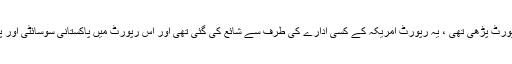
میں نے کچھ عرصہ پہلے انٹر نیٹ پر یہ رپورٹ پڑھی تھی ، یہ رپورٹ امریکہ کے کسی ادارے کی طرف سے شائع کی گئی تھی اور اس رپورٹ میں پاکستانی سوسائٹی اور پاکستان کے دینی مدارس کا جائزہ لیا گیا تھا۔